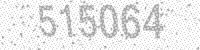
Solution: 515064